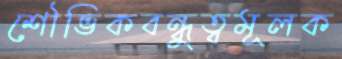
শৌভিকবন্ধুত্বমূলক